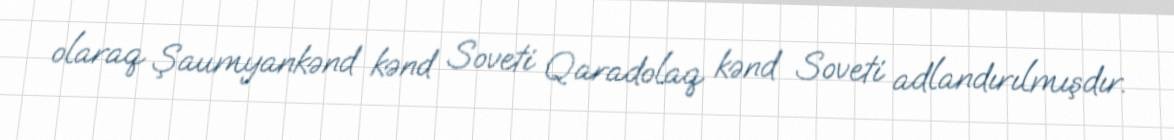
olaraq Şaumyankənd kənd Soveti Qaradolaq kənd Soveti adlandırılmışdır.